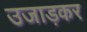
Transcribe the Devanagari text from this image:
उजाड़कर